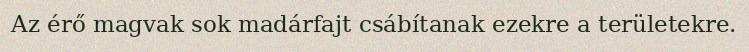
Az érő magvak sok madárfajt csábítanak ezekre a területekre.